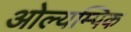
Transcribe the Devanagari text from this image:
ओल्यम्पिक